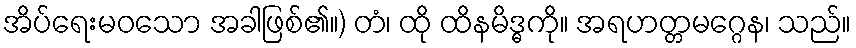
အိပ်ရေးမဝသော အခါဖြစ်၏။) တံ၊ ထို ထိနမိဒ္ဓကို။ အရဟတ္တမဂ္ဂေန၊ သည်။